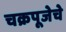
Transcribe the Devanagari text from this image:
चक्रपूजेचे